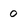
Character: 0